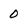
Character: 0